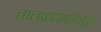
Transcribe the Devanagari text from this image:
चालकासाठीसुद्धा